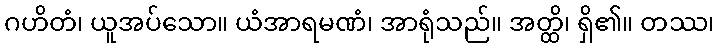
ဂဟိတံ၊ ယူအပ်သော။ ယံအာရမဏံ၊ အာရုံသည်။ အတ္ထိ၊ ရှိ၏။ တဿ၊